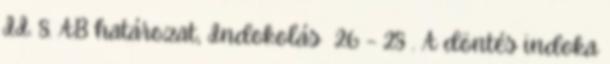
II. 8. AB határozat, Indokolás 26 – 28 . A döntés indoka